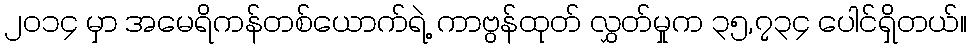
၂၀၁၄ မှာ အမေရိကန်တစ်ယောက်ရဲ့ ကာဗွန်ထုတ် လွှတ်မှုက ၃၅,၇၃၄ ပေါင်ရှိတယ်။